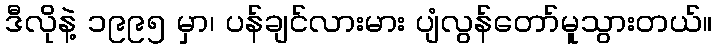
ဒီလိုနဲ့ ၁၉၉၅ မှာ၊ ပန်ချင်လားမား ပျံလွန်တော်မူသွားတယ်။